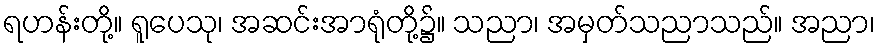
ရဟန်းတို့။ ရူပေသု၊ အဆင်းအာရုံတို့၌။ သညာ၊ အမှတ်သညာသည်။ အညာ၊